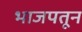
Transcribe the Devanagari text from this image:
भाजपतून